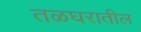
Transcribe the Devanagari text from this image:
तळघरातील